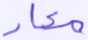
معاد